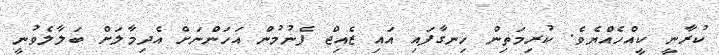
ކުރާނީ ކީއްހެއްޔެވެ. ކުރިމަތިން ހިނގާފައި އައި ޒެއިޖް ފެނުމުން އަހަންނަށް އެދިމާލަށް ބަލާލެވުނީ